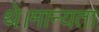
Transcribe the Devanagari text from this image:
थे।मान्यता